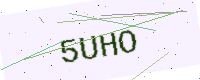
Text: 5UHO